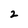
Character: 2